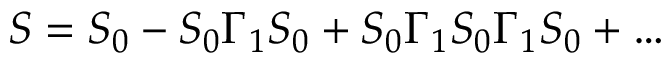
S = S _ { 0 } - S _ { 0 } \Gamma _ { 1 } S _ { 0 } + S _ { 0 } \Gamma _ { 1 } S _ { 0 } \Gamma _ { 1 } S _ { 0 } + \ldots